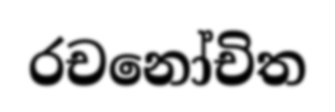
රචනෝචිත